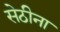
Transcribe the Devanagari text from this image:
सेठीना